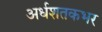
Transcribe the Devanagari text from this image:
अर्धशतकभर